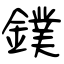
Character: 鏷